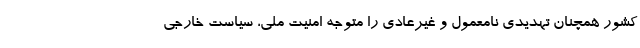
کشور همچنان تهدیدی نامعمول و غیرعادی را متوجه امنیت ملی، سیاست خارجی